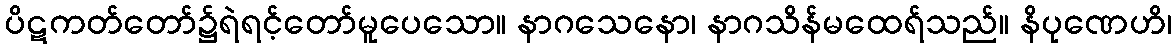
ပိဋကတ်တော်၌ရဲရင့်တော်မူပေသော။ နာဂသေနော၊ နာဂသိန်မထေရ်သည်။ နိပုဏေဟိ၊